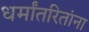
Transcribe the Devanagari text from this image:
धर्मांतरितांना